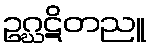
ဥဂ္ဃဋိတညူ